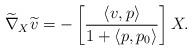
LaTeX: \begin{align*}\widetilde{\nabla}_X \widetilde{v} &= - \left[ \frac{\langle v, p \rangle}{1 + \langle p, p_0 \rangle} \right] X.\end{align*}